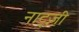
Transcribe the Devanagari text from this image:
नाट्ज़ी